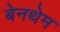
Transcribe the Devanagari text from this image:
बेनथेम